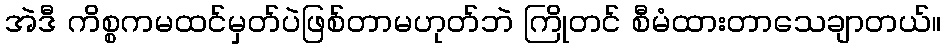
အဲဒီ ကိစ္စကမထင်မှတ်ပဲဖြစ်တာမဟုတ်ဘဲ ကြိုတင် စီမံထားတာသေချာတယ်။